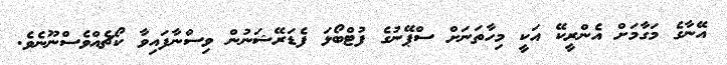
އޭނާގެ މަގާމަށް އެންރީކޭ އަކީ މިހާތަނަށް ސްޕޭނުގެ ފުޓްބޯޅަ ފެޑަރޭޝަނުން ވިސްނާފައިވާ ކޯޗެއްވެސްނޫނެވެ.